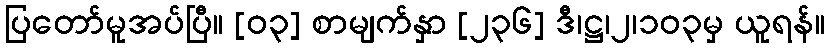
ပြတော်မူအပ်ပြီ။ [၀၃] စာမျက်နှာ [၂၃၆] ဒီ၊ဋ္ဌ၊၂၊၁၀၃မှ ယူရန်။